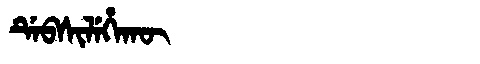
Manchu: ᡩᡝᠪᠰᡳᠯᡝᡥᠠᡴᡡ
Romanization: DEBSILEHAKŪ